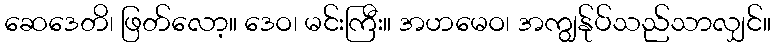
ဆေဒေတိ၊ ဖြတ်လော့။ ဒေဝ၊ မင်းကြီး။ အဟမေဝ၊ အကျွန်ုပ်သည်သာလျှင်။